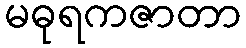
မဓုရကဇာတာ